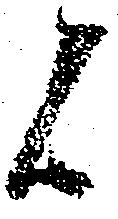
候